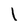
Character: 1